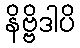
နိဗ္ဗိဒါပိ